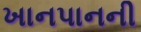
ખાનપાનની